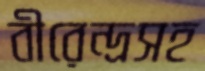
বীরেন্দ্রসহ